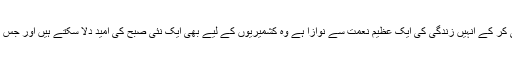
جس شخص نے سکھوں کے جذبات کی ترجمانی کر کے انہیں زندگی کی ایک عظیم نعمت سے نوازا ہے وہ کشمیریوں کے لیے بھی ایک نئی صبح کی امید دلا سکتے ہیں اور جس کی شروعات کرتارپور کی راہداری نے کی ہے۔